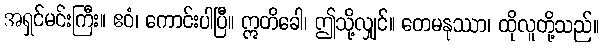
အရှင်မင်းကြီး။ ဧဝံ၊ ကောင်းပါပြီ။ ဣတိခေါ၊ ဤသို့လျှင်။ တေမနုဿာ၊ ထိုလူတို့သည်။